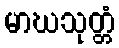
မာဃသုတ္တံ